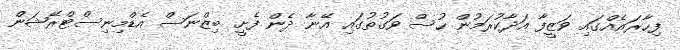
ފިހާރައެއްގައި ވަޒީފާ އަދާކުރަމުން ހުސް ވަގުތުގައި އޭނާ ދެން ފެށީ ބިޒްނަސް އެޑްމިނިސްޓްރޭޝަން